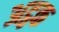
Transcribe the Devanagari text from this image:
अट्ठक